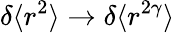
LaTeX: \delta\langle r^{2}\rangle\rightarrow\delta\langle r^{2\gamma}\rangle